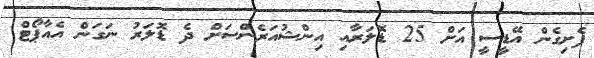
ފެށިގެން އޭޑީސީ އަށް 25 ޑޮލަރާއި އިންޝުއަރެންސަށް ދެ ޑޮލަރު ނަގަން އެއާޕޯޓް